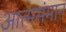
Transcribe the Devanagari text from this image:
आत्मसंमान